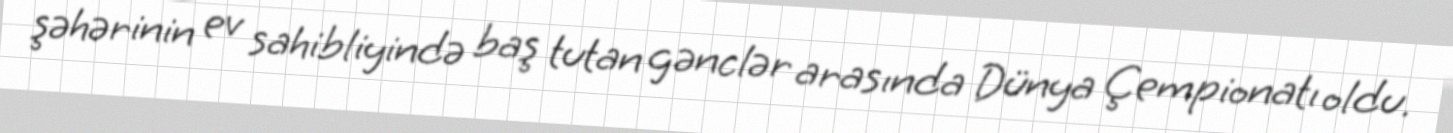
şəhərinin ev sahibliyində baş tutan gənclər arasında Dünya Çempionatı oldu.